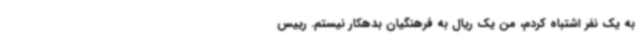
به یک نفر اشتباه کردم، من یک ریال به فرهنگیان بدهکار نیستم. رییس